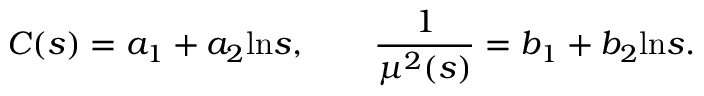
C ( s ) = a _ { 1 } + a _ { 2 } \mathrm { l n } s , \qquad { \frac { 1 } { \mu ^ { 2 } ( s ) } } = b _ { 1 } + b _ { 2 } \mathrm { l n } s .